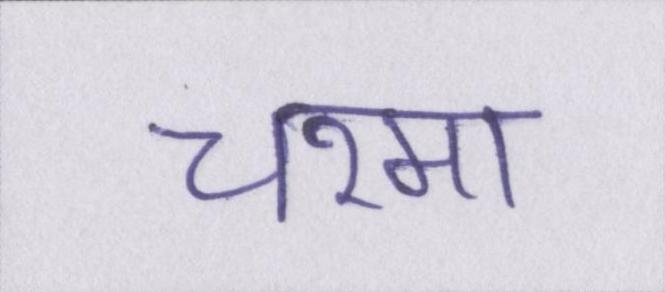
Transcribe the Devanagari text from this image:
चश्मा